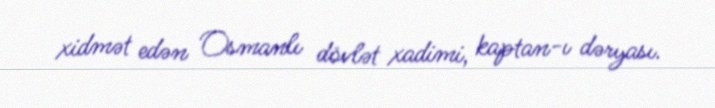
xidmət edən Osmanlı dövlət xadimi, kaptan-ı dəryası.